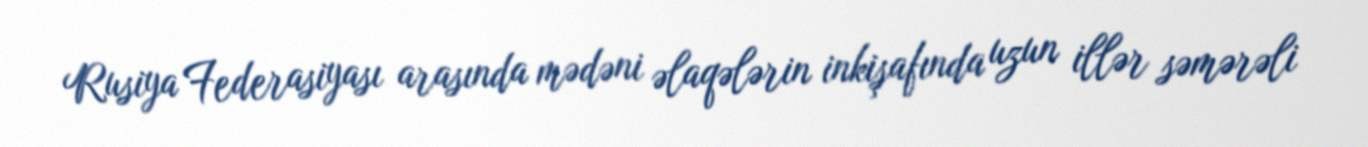
Rusiya Federasiyası arasında mədəni əlaqələrin inkişafında uzun illər səmərəli